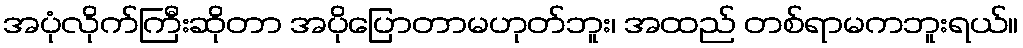
အပုံလိုက်ကြီးဆိုတာ အပိုပြောတာမဟုတ်ဘူး၊ အထည် တစ်ရာမကဘူးရယ်။